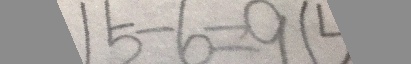
1 5 - 6 = 9 (